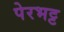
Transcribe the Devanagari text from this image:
पेरभट्ट